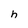
Character: h